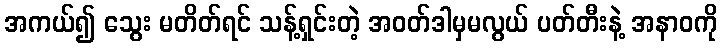
အကယ်၍ သွေး မတိတ်ရင် သန့်ရှင်းတဲ့ အဝတ်ဒါမှမလွယ် ပတ်တီးနဲ့ အနာဝကို